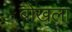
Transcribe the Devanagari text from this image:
बोखला